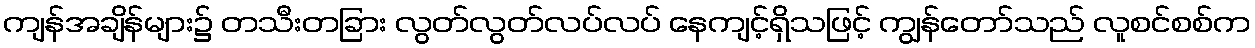
ကျန်အချိန်များ၌ တသီးတခြား လွတ်လွတ်လပ်လပ် နေကျင့်ရှိသဖြင့် ကျွန်တော်သည် လူစင်စစ်က